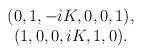
LaTeX: \begin{align*}\begin{array}{cccccc}(0, 1, -iK, 0, 0, 1), \\ (1, 0, 0, iK, 1, 0).\end{array}\end{align*}